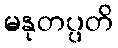
မနုတပ္ပတိ